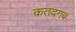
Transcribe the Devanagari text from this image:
कतदगब